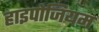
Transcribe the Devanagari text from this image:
हाइपोजियम